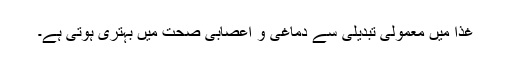
غذا میں معمولی تبدیلی سے دماغی و اعصابی صحت میں بہتری ہوتی ہے۔